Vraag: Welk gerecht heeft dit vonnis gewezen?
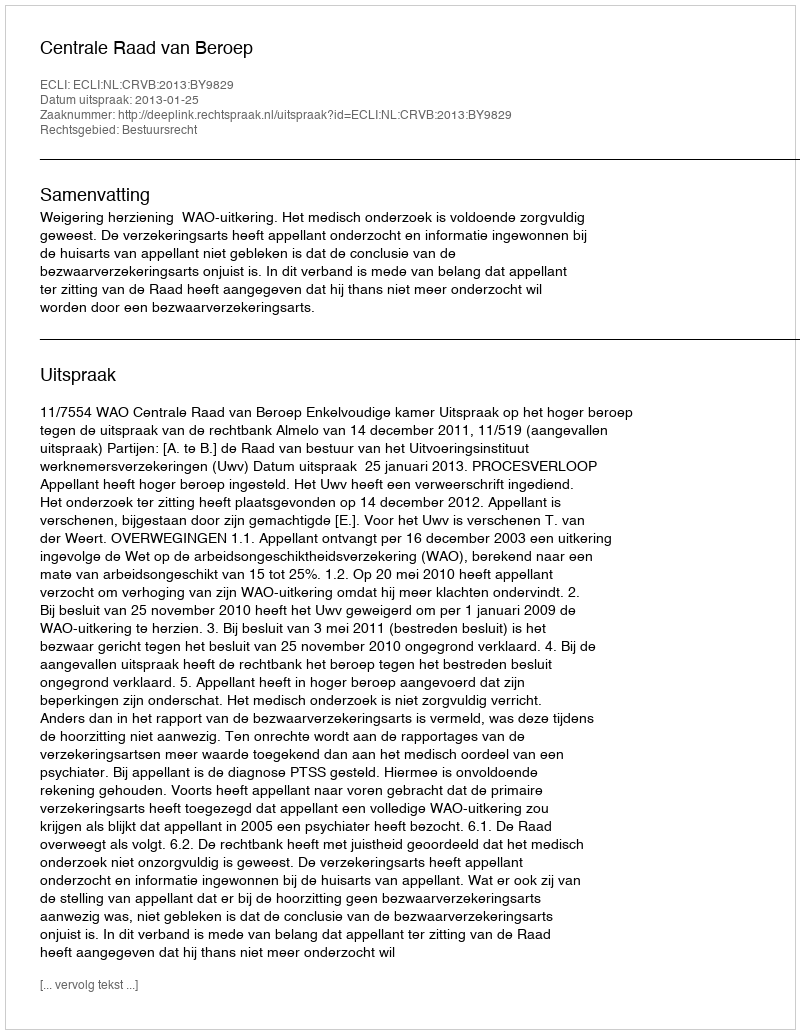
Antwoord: Centrale Raad van Beroep